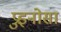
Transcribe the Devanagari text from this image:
प्रुइनोसा